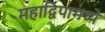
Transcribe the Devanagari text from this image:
महाद्विपामध्ये